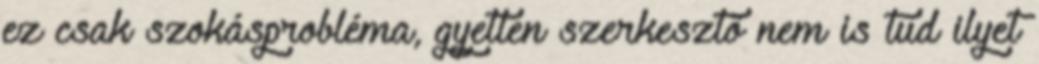
ez csak szokásprobléma, gyetlen szerkesztő nem is tud ilyet